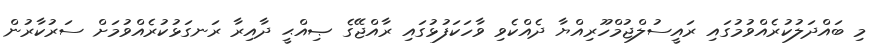
މި ބައްދަލުކުރެއްވުމުގައި ރައީސުލްޖުމްހޫރިއްޔާ ދެއްކެވި ވާހަކަފުޅުގައި ރާއްޖޭގެ ޞިއްޙީ ދާއިރާ ރަނގަޅުކުރެއްވުމަށް ސަރުކާރުން